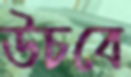
উচবে